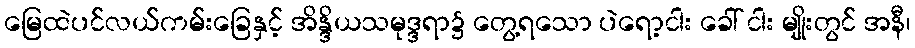
မြေထဲပင်လယ်ကမ်းခြေနှင့် အိန္ဒိယသမုဒ္ဒရာ၌ တွေ့ရသော ပဲရော့ငါး ခေါ် ငါး မျိုးတွင် အနီ၊